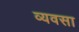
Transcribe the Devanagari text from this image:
व्यवसा